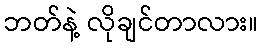
ဘတ်နဲ့ လိုချင်တာလား။